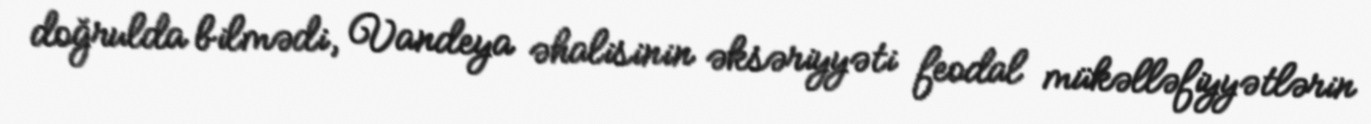
doğrulda bilmədi, Vandeya əhalisinin əksəriyyəti feodal mükəlləfiyyətlərin